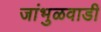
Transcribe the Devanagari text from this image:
जांभुळवाडी